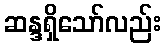
ဆန္ဒရှိသော်လည်း